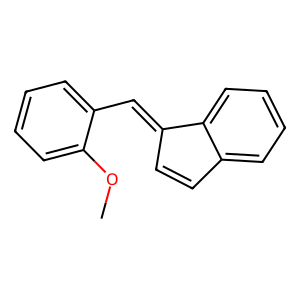
SMILES: COc1ccccc1C=C1C=Cc2ccccc21
Inhibits HIV replication: No